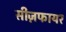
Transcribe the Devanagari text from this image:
सीज़फायर